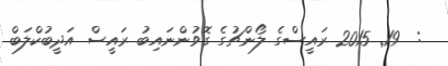
:  19